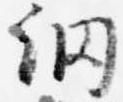
網